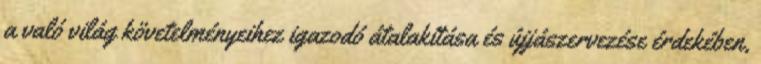
a való világ követelményeihez igazodó átalakítása és újjászervezése érdekében,